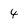
Character: 4